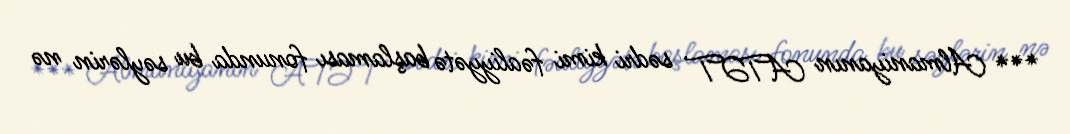
*** Almaniyanın ATƏT sədri kimi fəaliyyətə başlaması fonunda bu səylərin nə